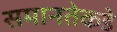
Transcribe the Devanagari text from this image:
समानतेकडे